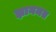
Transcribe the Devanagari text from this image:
ज्ञानमत